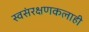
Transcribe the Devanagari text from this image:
स्वसंरक्षणकलाही